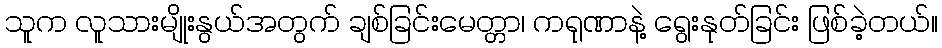
သူက လူသားမျိုးနွယ်အတွက် ချစ်ခြင်းမေတ္တာ၊ ကရုဏာနဲ့ ရွေးနုတ်ခြင်း ဖြစ်ခဲ့တယ်။